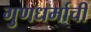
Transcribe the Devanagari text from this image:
गुणधर्माची